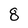
Character: 8